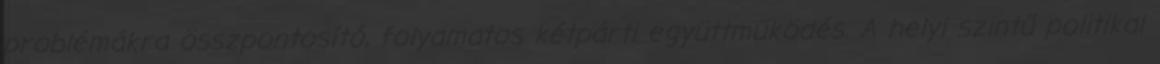
problémákra összpontosító, folyamatos kétpárti együttműködés. A helyi szintű politikai